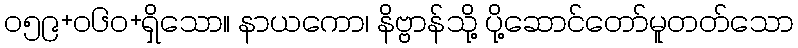
၀၅၉+၀၆၀+ရှိသော။ နာယကော၊ နိဗ္ဗာန်သို့ ပို့ဆောင်တော်မူတတ်သော